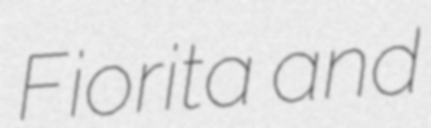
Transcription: Fiorita and